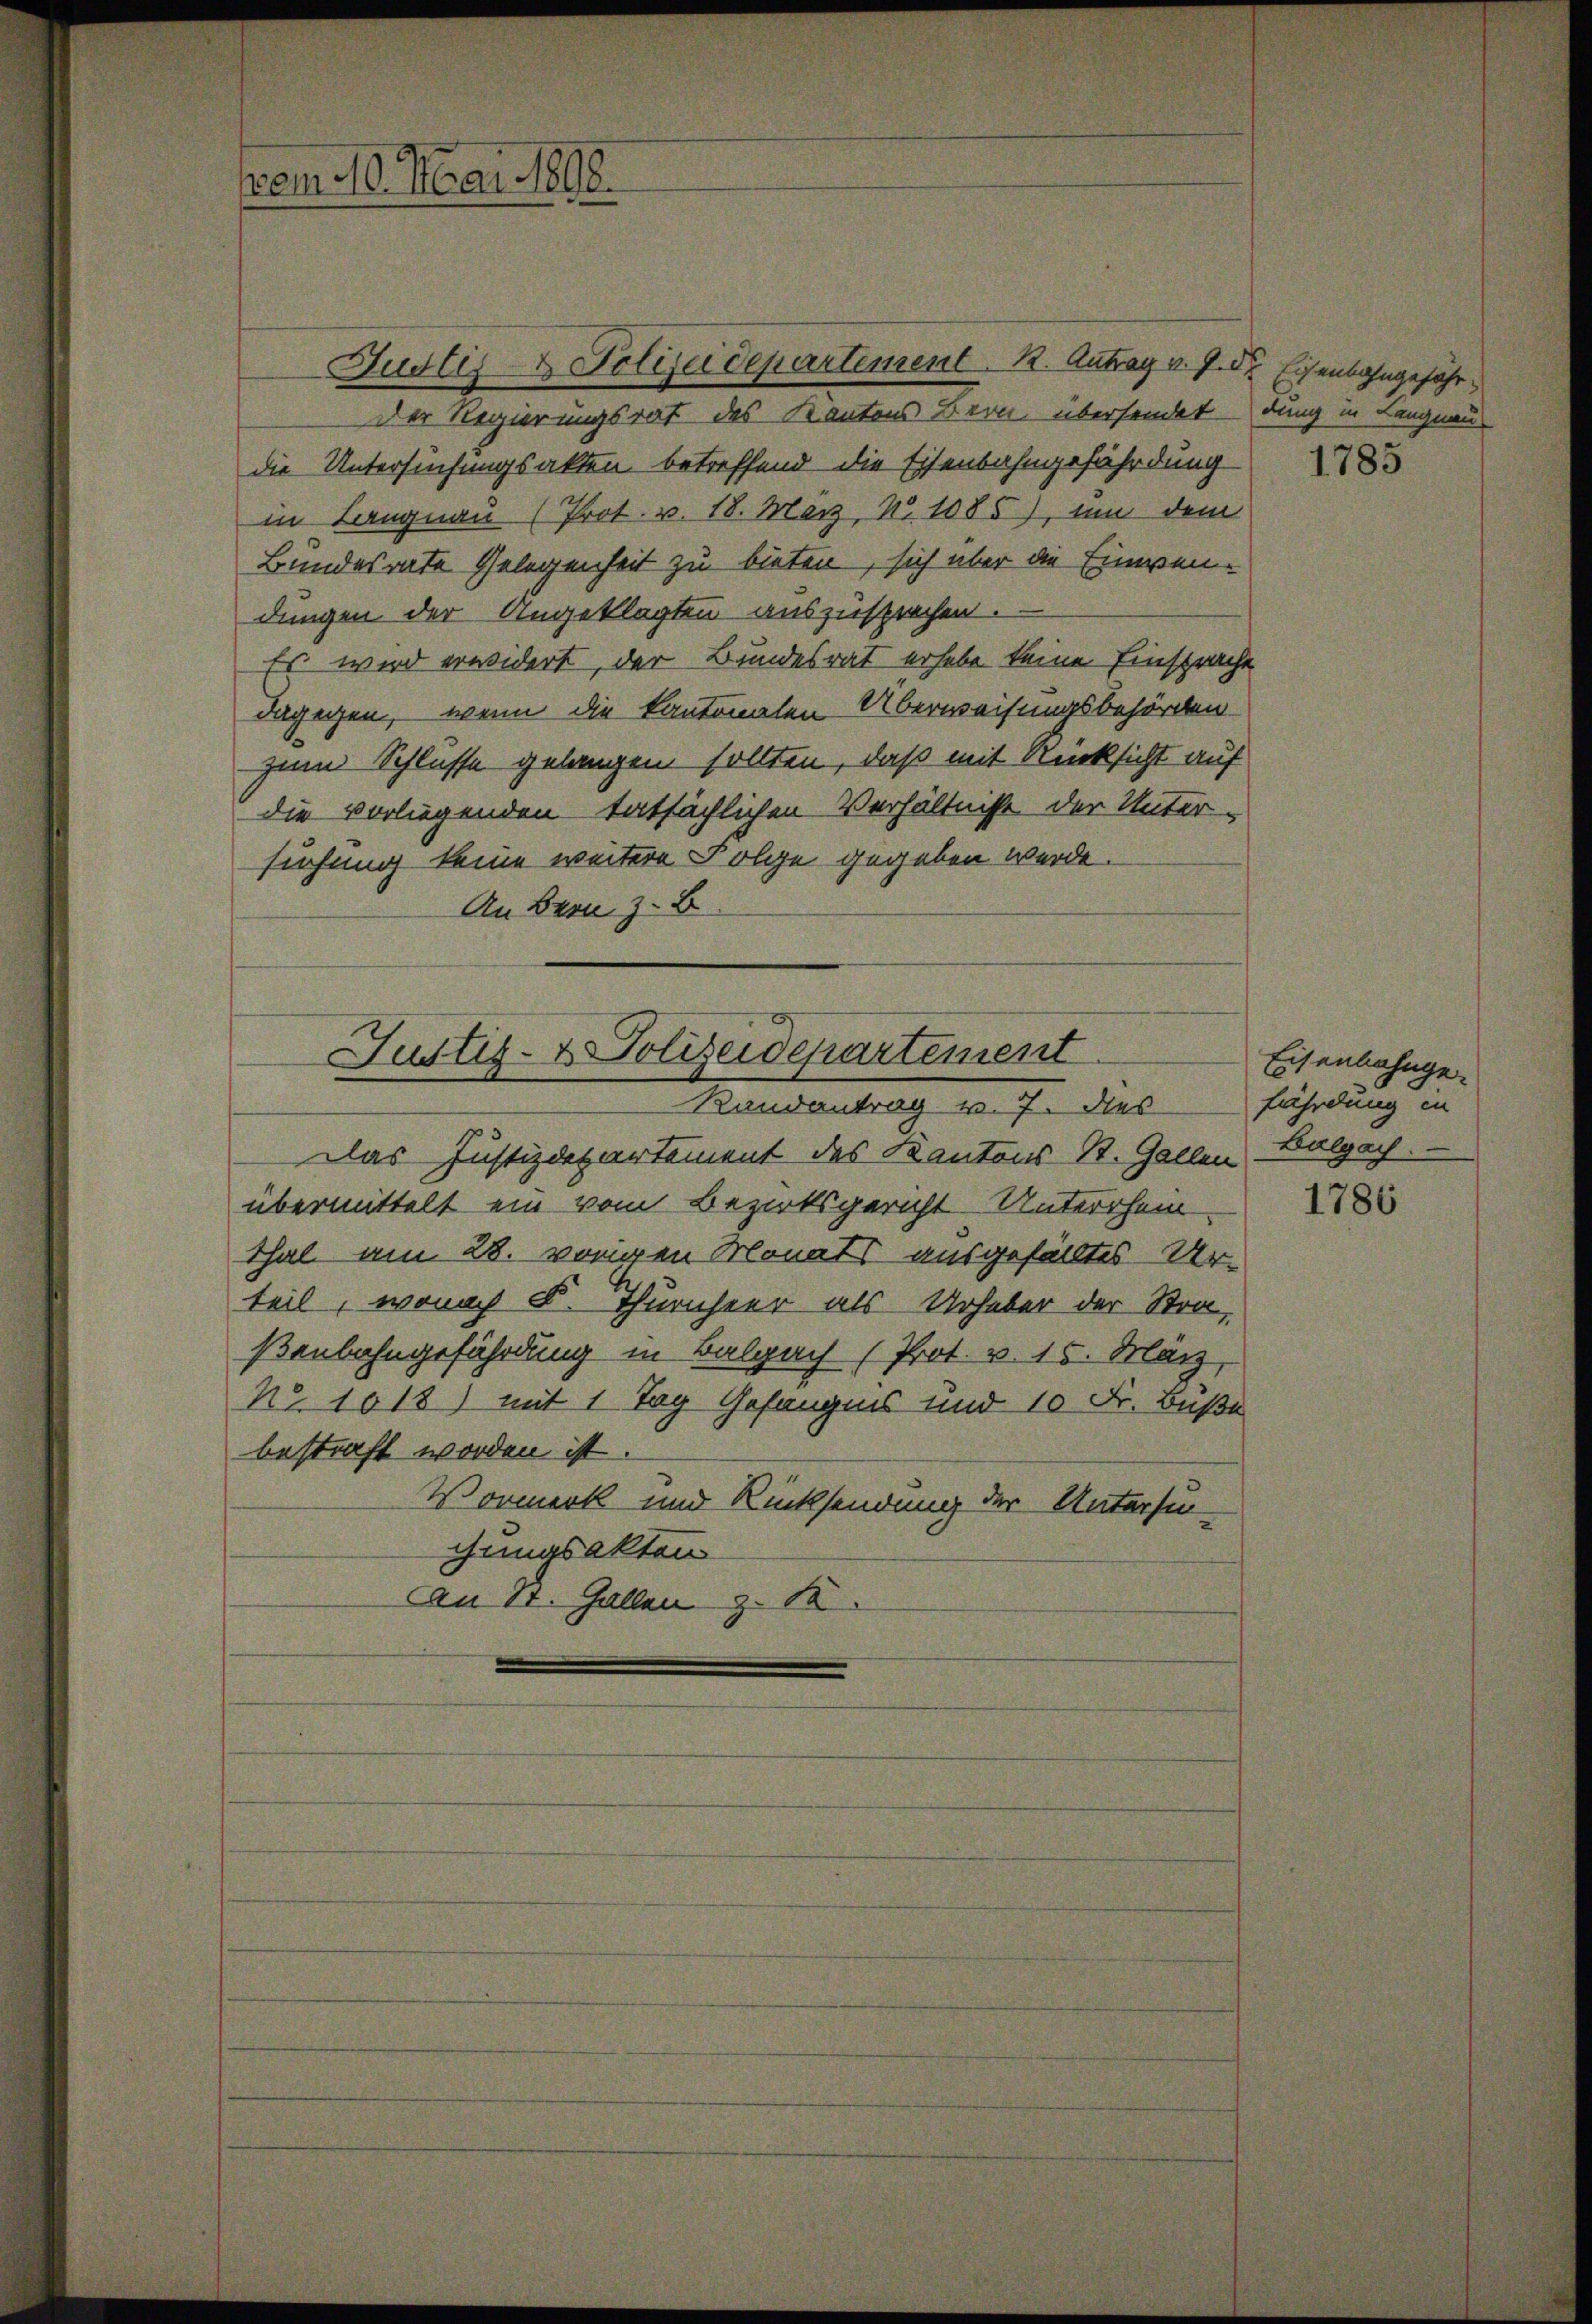
vom 10. Mai 1898.

Der Regierungsrat des Kantons Bern übersendet dung in Langnau
die Untersuchungsakten betreffend die Eisenbahngefährdung
in Langnau (Prot. v. 18. März, N. 1085), um dem
Bundesrate Gelegenheit zu bieten, sich über die Einwen-
dungen der Angeklagten auszusprechen.
Es wird erwidert, der Bundesrat erhebe keine Einsprache
dagegen, – wenn die kantonalen Überweisungsbehörden
zum Schlüsse gelangen sollten, daß mit Rücksicht auf
die vorliegenden tatsächlichen Verhältnisse der Unter-
suchung keine weitere Folge gegeben werde.
An Bern z. B

Justiz- & Polizeidepartement. B. Antrag v. J. der Eisenbahngefähr¬

Das Justizdepartement des Kantons St. Gallen
übermittelt ein vom Bezirksgericht Unterschein
Thal am 28. vorigen Monats ausgefälltes Ur-
teil, wonach K. Thürncheer als Urheber der Stra
ßenbahngefährdung in Balgach (Prot. v. 15. März,
N°. 1018) mit 1 Tag Gefängnis und 10 Fr. Buße
bestraft worden ist
Vormerk und Rücksendung der Untersu-
chungsakten
An St. Gallen z. B.

Justiz- & Polizeidepartement
Randantrag v. 7. dies

1785

Eisenbahngefährdung in
Balgay.

1786